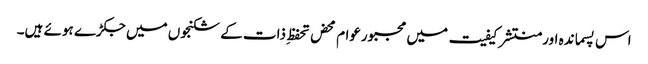
اس پسماندہ اورمنتشر کیفیت میں مجبورعوام محض تحفظِ ذات کے شکنجوں میں جکڑے ہوئے ہیں۔